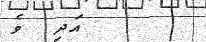
އަދި  ވެ